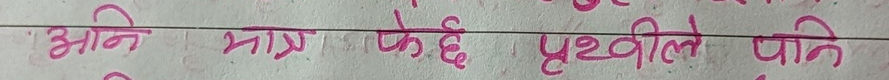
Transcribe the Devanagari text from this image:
अनि मात्र फेदी पृथ्वीले पनि